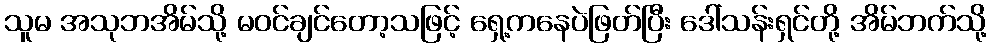
သူမ အသုဘအိမ်သို့ မဝင်ချင်တော့သဖြင့် ရှေ့ကနေပဲဖြတ်ပြီး ဒေါ်သန်းရှင်တို့ အိမ်ဘက်သို့